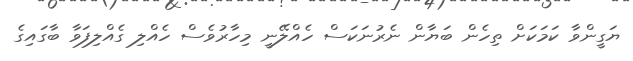
ޔަގީންވާ ކަމަކަށް ތިހެން ބަޔާން ނެރުނަކަސް ހެއްލޭނީ މިހާރުވެސް ހެއްލި ގެއްލިފަވާ ބާގައިގެ